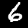
Label: 6